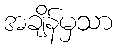
အချိန်မှသာ